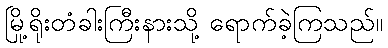
မြို့ရိုးတံခါးကြီးနားသို့ ရောက်ခဲ့ကြသည်။